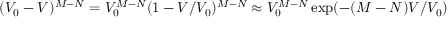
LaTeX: ( V _ { 0 } - V ) ^ { M - N } = V _ { 0 } ^ { M - N } ( 1 - V / V _ { 0 } ) ^ { M - N } \approx V _ { 0 } ^ { M - N } \exp ( - ( M - N ) V / V _ { 0 } )